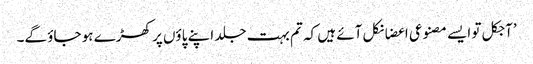
’آجکل تو ایسے مصنوعی اعضا نکل آئے ہیں کہ تم بہت جلد اپنے پاؤں پر کھڑے ہو جاؤ گے۔